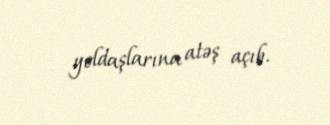
yoldaşlarına atəş açıb.